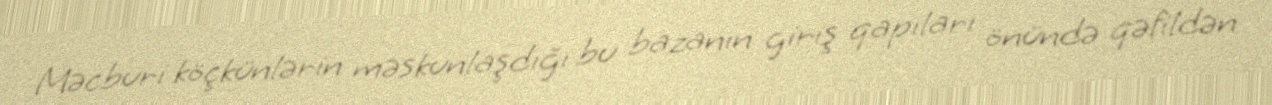
Məcburi köçkünlərin məskunlaşdığı bu bazanın giriş qapıları önündə qəfildən